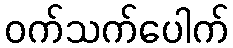
ဝက်သက်ပေါက်